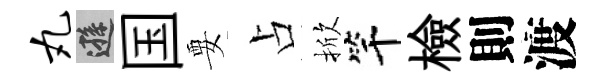
丸遜国要占掀竿檢則渡